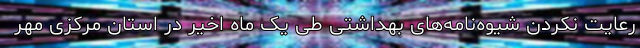
رعایت نکردن شیوه‌نامه‌های بهداشتی طی یک ماه اخیر در استان مرکزی مهر